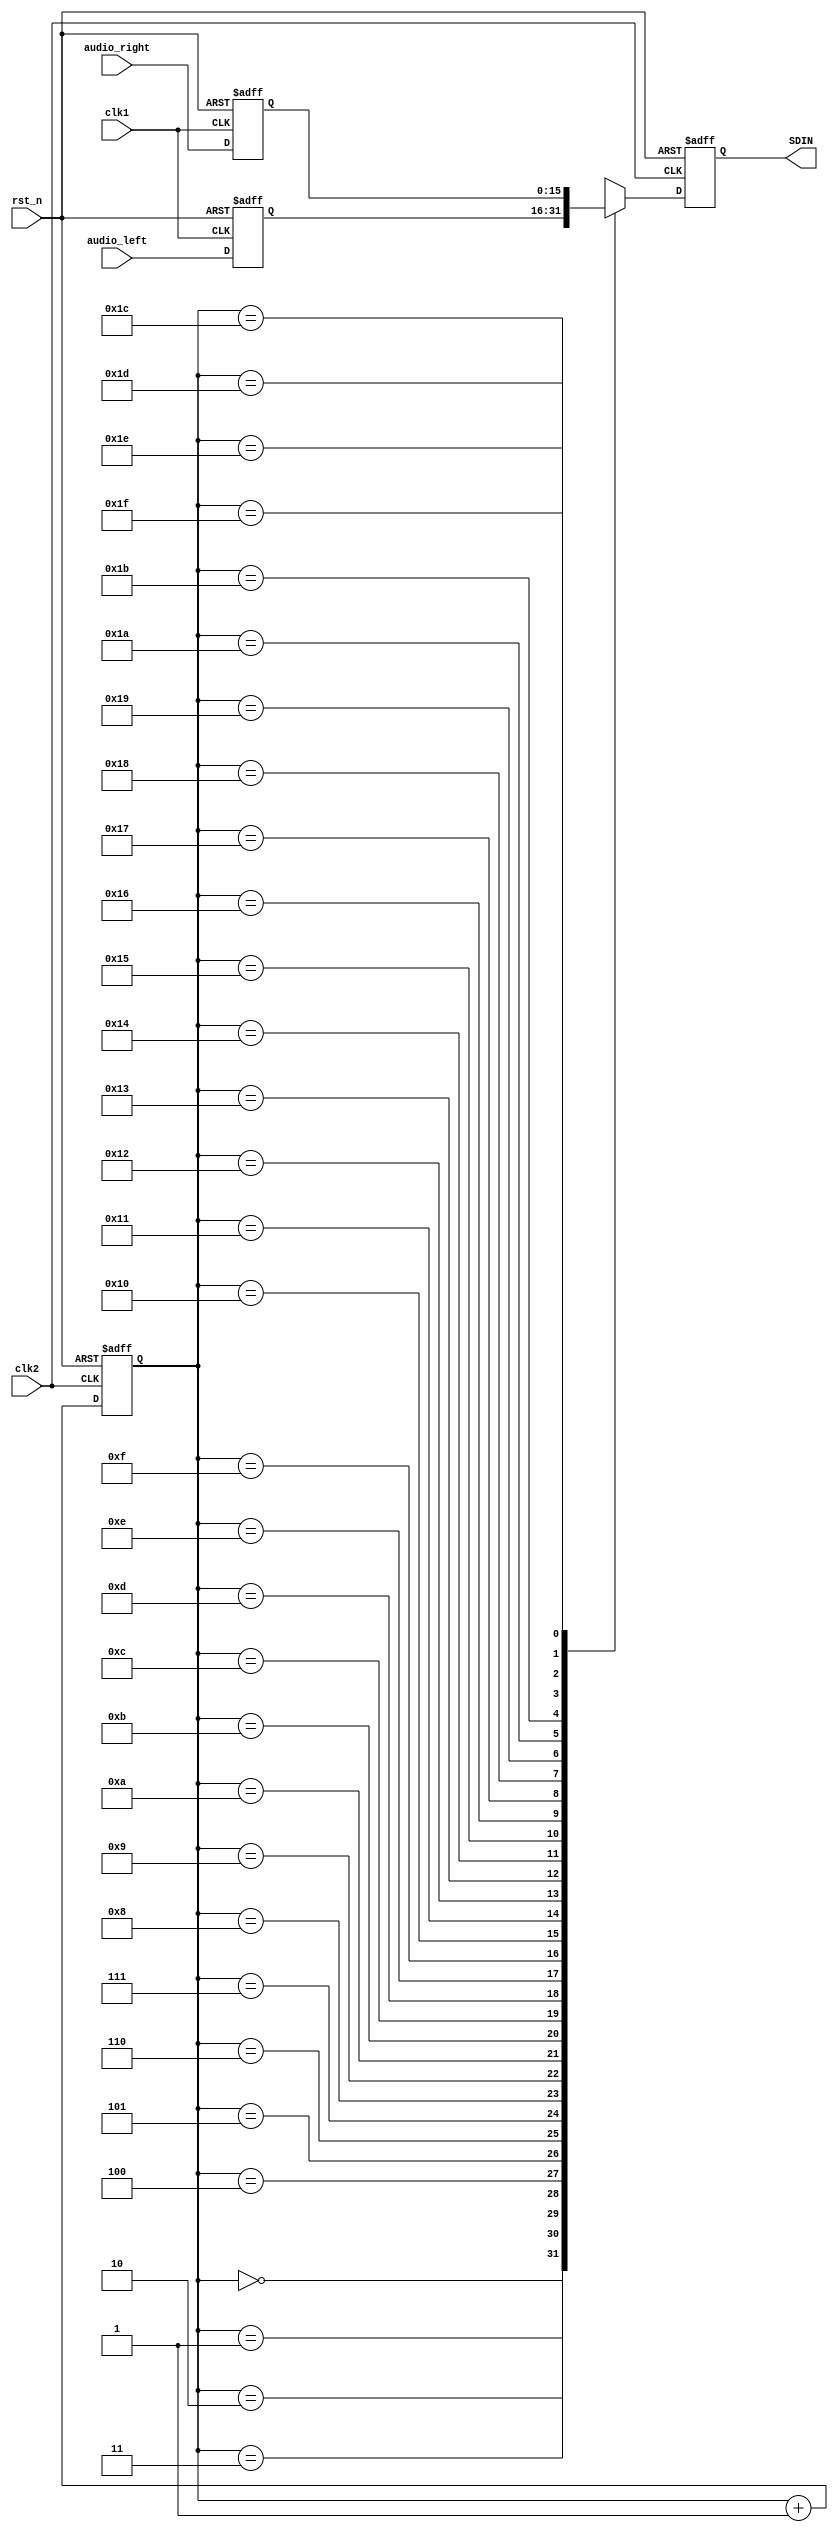
`timescale 1ns / 1ps
//////////////////////////////////////////////////////////////////////////////////
// Company: 
// Engineer: 
// 
// Design Name: 
// Module Name: p_to_s
// Project Name: 
// Target Devices: 
// Tool Versions: 
// Description: 
// 
// Dependencies: 
// 
// Revision:
// Revision 0.01 - File Created
// Additional Comments:
// 
//////////////////////////////////////////////////////////////////////////////////


module p_to_s(
input clk1,
input clk2,
input rst_n,
input [15:0]audio_left,
input [15:0]audio_right,
output reg SDIN
    );
reg [15:0]audio_left_reg;
reg [15:0]audio_right_reg;
reg [4:0]cnt;
reg [4:0]cnt_next;
reg SDIN_tmp;

always@(posedge clk1 or negedge rst_n)
if (~rst_n) begin
    audio_left_reg <= 16'd0;
    audio_right_reg <= 16'd0;
end else begin
    audio_left_reg <= audio_left;
    audio_right_reg <= audio_right;
end

always@(cnt)
cnt_next=cnt+1'b1;
always@(posedge clk2 or negedge rst_n)
if(rst_n==0)
cnt<=5'd0;
else
cnt<=cnt_next;


always@*
case (cnt)
5'd0 : SDIN_tmp = audio_left_reg[15];
5'd1 : SDIN_tmp = audio_left_reg[14];
5'd2 : SDIN_tmp = audio_left_reg[13];
5'd3 : SDIN_tmp = audio_left_reg[12];
5'd4 : SDIN_tmp = audio_left_reg[11];
5'd5 : SDIN_tmp = audio_left_reg[10];
5'd6 : SDIN_tmp = audio_left_reg[9];
5'd7 : SDIN_tmp = audio_left_reg[8];
5'd8 : SDIN_tmp = audio_left_reg[7];
5'd9 : SDIN_tmp = audio_left_reg[6];
5'd10 : SDIN_tmp = audio_left_reg[5];
5'd11 : SDIN_tmp = audio_left_reg[4];
5'd12 : SDIN_tmp = audio_left_reg[3];
5'd13 : SDIN_tmp = audio_left_reg[2];
5'd14 : SDIN_tmp = audio_left_reg[1];
5'd15 : SDIN_tmp = audio_left_reg[0];
5'd16 : SDIN_tmp = audio_right_reg[15];
5'd17 : SDIN_tmp = audio_right_reg[14];
5'd18 : SDIN_tmp = audio_right_reg[13];
5'd19 : SDIN_tmp = audio_right_reg[12];
5'd20 : SDIN_tmp = audio_right_reg[11];
5'd21 : SDIN_tmp = audio_right_reg[10];
5'd22 : SDIN_tmp = audio_right_reg[9];
5'd23 : SDIN_tmp = audio_right_reg[8];
5'd24 : SDIN_tmp = audio_right_reg[7];
5'd25 : SDIN_tmp = audio_right_reg[6];
5'd26 : SDIN_tmp = audio_right_reg[5];
5'd27 : SDIN_tmp = audio_right_reg[4];
5'd28 : SDIN_tmp = audio_right_reg[3];
5'd29 : SDIN_tmp = audio_right_reg[2];
5'd30 : SDIN_tmp = audio_right_reg[1];
5'd31 : SDIN_tmp = audio_right_reg[0];
default : SDIN_tmp = 0;
endcase

always@(posedge clk2 or negedge rst_n)
if (~rst_n)
    SDIN <= 1'd0;
else
    SDIN <= SDIN_tmp;
endmodule